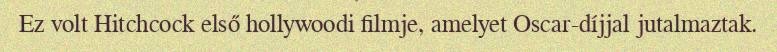
Ez volt Hitchcock első hollywoodi filmje, amelyet Oscar-díjjal jutalmaztak.